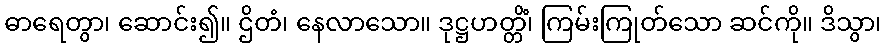
ဓာရေတွာ၊ ဆောင်း၍။ ဌိတံ၊ နေလာသော။ ဒုဋ္ဌဟတ္တိံ၊ ကြမ်းကြုတ်သော ဆင်ကို။ ဒိသွာ၊